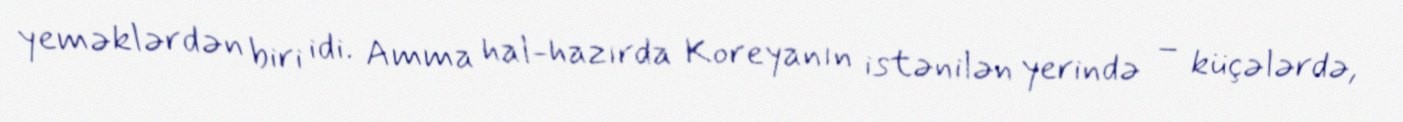
yeməklərdən biri idi. Amma hal-hazırda Koreyanın istənilən yerində – küçələrdə,